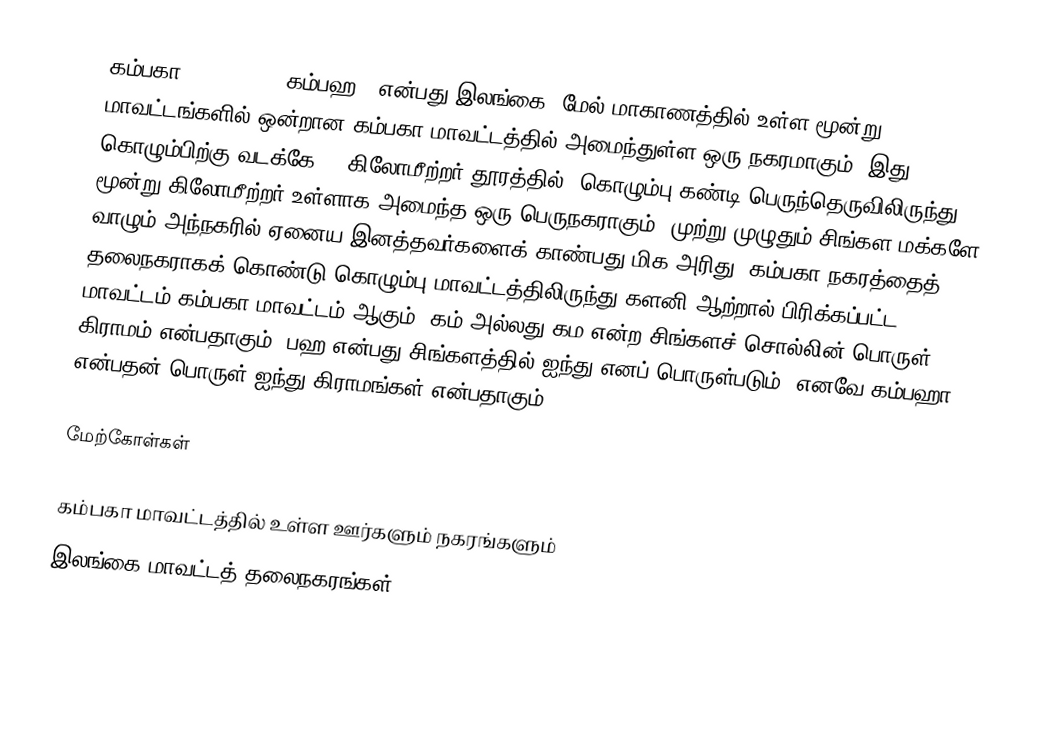
கம்பகா (Gampaha, , கம்பஹ); என்பது இலங்கை, மேல் மாகாணத்தில் உள்ள மூன்று மாவட்டங்களில் ஒன்றான கம்பகா மாவட்டத்தில் அமைந்துள்ள ஒரு நகரமாகும். இது கொழும்பிற்கு வடக்கே 40 கிலோமீற்றர் தூரத்தில், கொழும்பு-கண்டி பெருந்தெருவிலிருந்து மூன்று கிலோமீற்றர் உள்ளாக அமைந்த ஒரு பெருநகராகும். முற்று முழுதும் சிங்கள மக்களே வாழும் அந்நகரில் ஏனைய இனத்தவர்களைக் காண்பது மிக அரிது. கம்பகா நகரத்தைத் தலைநகராகக் கொண்டு கொழும்பு மாவட்டத்திலிருந்து களனி ஆற்றால் பிரிக்கப்பட்ட மாவட்டம் கம்பகா மாவட்டம் ஆகும். கம் அல்லது கம என்ற சிங்களச் சொல்லின் பொருள் கிராமம் என்பதாகும். பஹ என்பது சிங்களத்தில் ஐந்து எனப் பொருள்படும். எனவே கம்பஹா என்பதன் பொருள் ஐந்து கிராமங்கள் என்பதாகும்.

மேற்கோள்கள்

கம்பகா மாவட்டத்தில் உள்ள ஊர்களும் நகரங்களும்
இலங்கை மாவட்டத் தலைநகரங்கள்